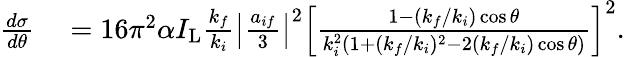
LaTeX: \begin{array}{rl}{\frac{d\sigma}{d\theta}}&{{}=16\pi^{2}\alpha I_{\mathrm{L}}\frac{k_{f}}{k_{i}}\left\vert\frac{a_{if}}{3}\right\vert^{2}\left[\frac{1-(k_{f}/k_{i})\cos\theta}{k_{i}^{2}(1+(k_{f}/k_{i})^{2}-2(k_{f}/k_{i})\cos\theta)}\right]^{2}.}\end{array}